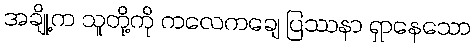
အချို့က သူတို့ကို ကလေကချေ ပြဿနာ ရှာနေသော